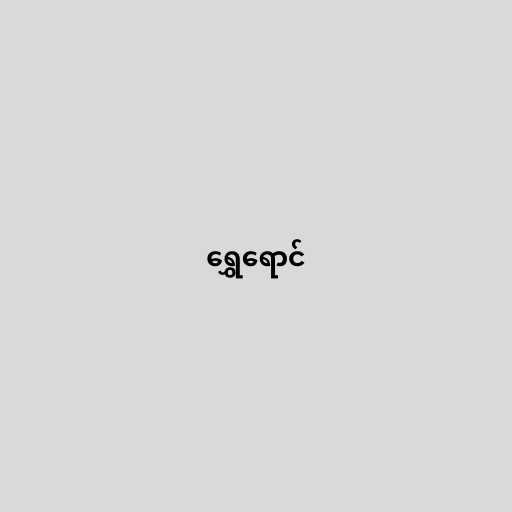
ရွှေရောင်